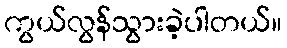
ကွယ်လွန်သွားခဲ့ပါတယ်။